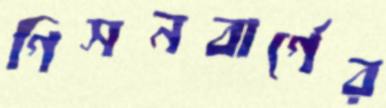
গিসনবার্গের